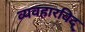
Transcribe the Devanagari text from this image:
व्यवहारविद्